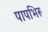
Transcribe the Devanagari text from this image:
पापभिरू